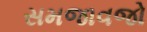
સમજાવજો